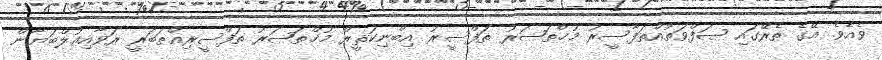
ވެއެވެ. އޭގެ ތެރޭގައި ޞަފްވަތުއްތަފާސީރު މުޚްތަޞަރު ތަފްސީރު އިބްނިކަޘީރް މުޚްތަޞަރު ތަފްސީރިއްޠަބަރީ ރަވާއިޢުލްބަޔާން